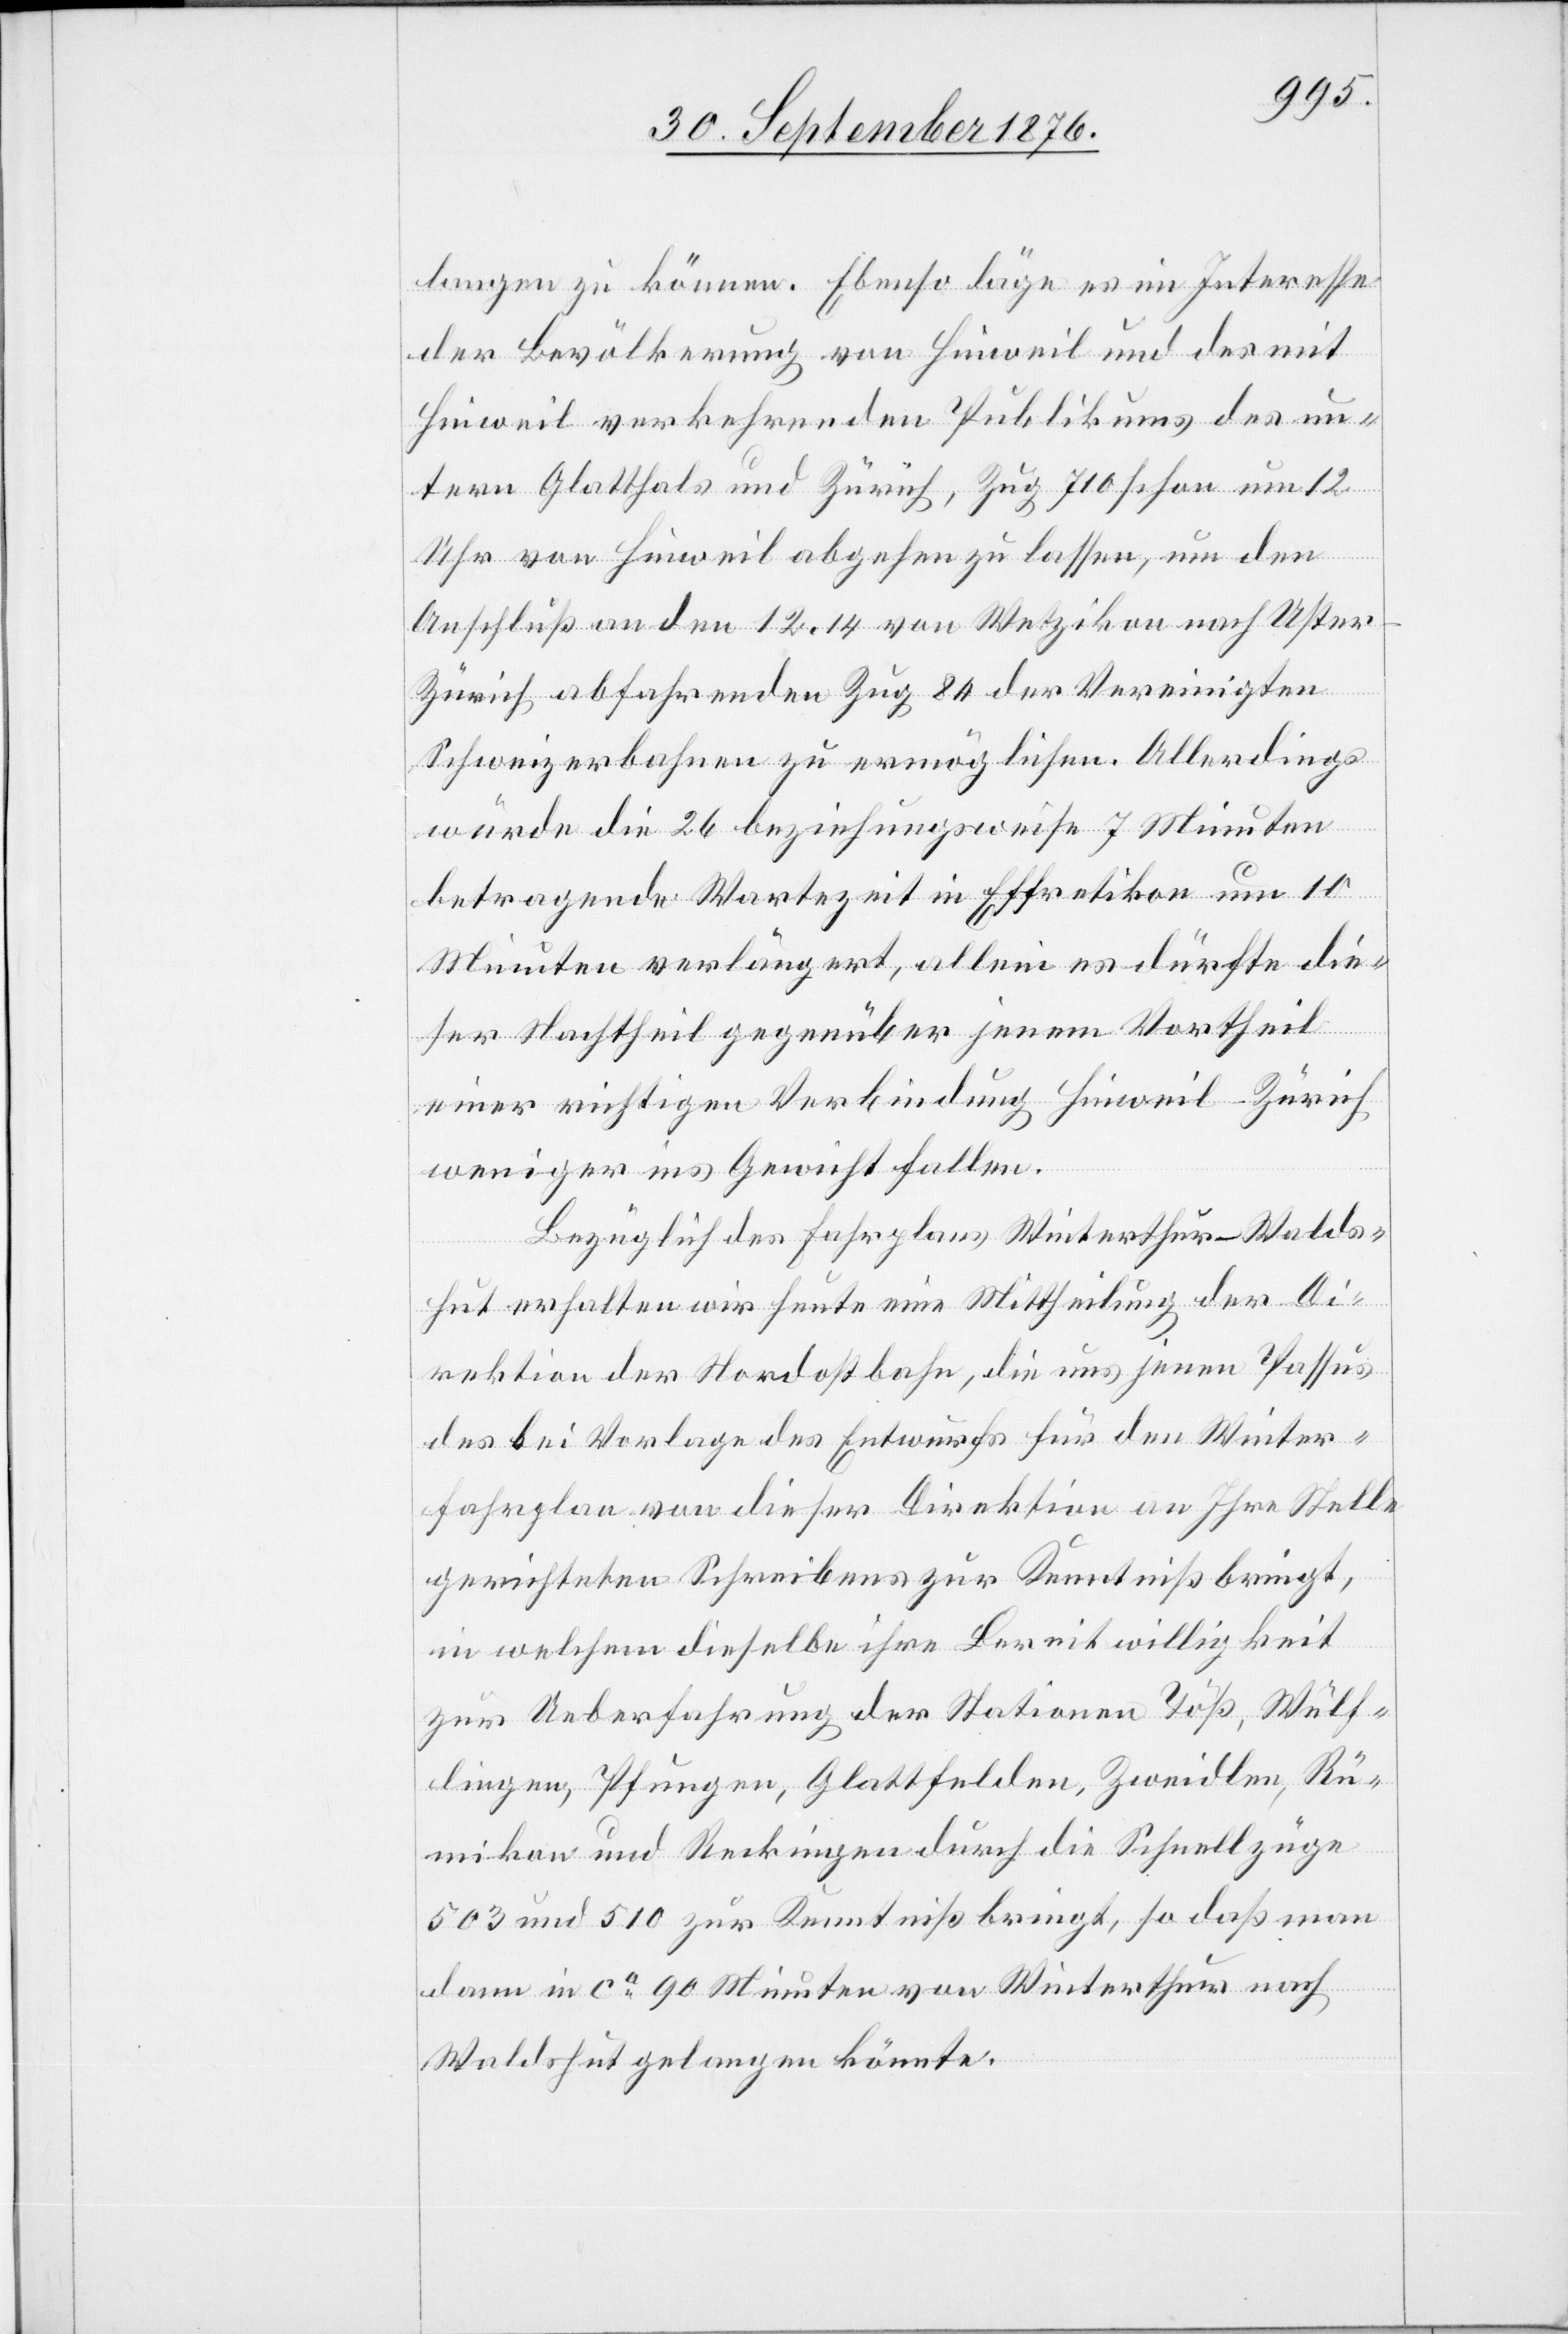
langen zu können. Ebenso läge es im Interesse
der Bevölkerung von Hinweil und des mit
Hinweil verkehrenden Publikums des un¬
tern Glatthals und Zürich, Zug 710 schon um 12
Uhr von Hinweil abgehen zu lassen, um den
Anschluß an den 12.14 von Wetzikon nach Uste¬
r–Zürich abfahrenden Zug 84 der Vereinigten
Schweizerbahnen zu ermöglichen. Allerdings
würde die 26 beziehungsweise 7 Minuten
betragende Wartezeit in Effretikon um 10
Minuten verlängert, allein es dürfte die¬
ser Nachtheil gegenüber jenem Vortheil
einer richtigen Verbindung Hinweil–Zürich
weniger ins Gewicht fallen.
Bezüglich des Fahrplans Winterthur–Walds¬
hut erhalten wir heute eine Mittheilung der Di¬
rektion der Nordostbahn, die uns jenen Passus
des bei Vorlage des Entwurfs für den Winter¬
fahrplan von dieser Direktion an Ihre Stelle
gerichteten Schreibens zur Kenntniß bringt,
in welchem dieselbe ihre Bereitwilligkeit
zur Ueberfahrung der Stationen Töß, Wülf¬
lingen, Pfungen, Glattfelden, Zweidlen, Rü¬
mikon und Reckingen durch die Schnellzüge
53 und 510 zur Kenntniß bringt, so daß man
dann in ca 90 Minuten von Winterthur nach
Waldshut gelangen könnte.